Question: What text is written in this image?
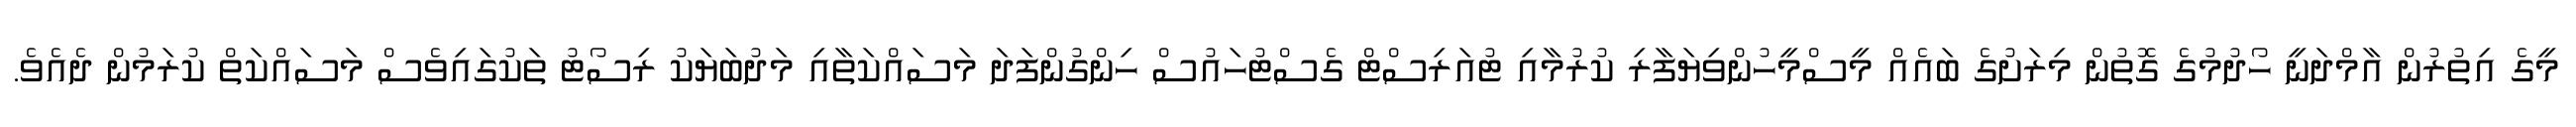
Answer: މީގެ އިތުރުން އާމްދަނީ ހޯދުމުގެ ގޮތުން މިރަށުގެ ބައެއް މީސްމީހުންވިޔަފާރި ކުރުމާއި ޓުއަރިސްޓް ގެސްޓުހައުސް ހިންގުންފަދަ މަސައްކަތާއި މަދުބަޔަކު ރިސޯޓު ތަކުގައިވެސް މަސައްކަތް ކުރަމުން ދެއެވެ.